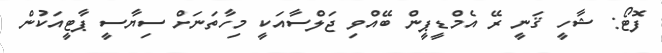
ފޮޓޯ: ޝާހީ ޤަނީ ރޭ އެމްޑީޕީން ބޭއްވި ޖަލްސާއަކީ މިހާތަނަށް ސިޔާސީ ޕާޓީއަކުން